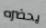
يحضره